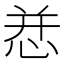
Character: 㤣